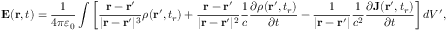
\mathbf { E } ( \mathbf { r } , t ) = { \frac { 1 } { 4 \pi \varepsilon _ { 0 } } } \int \left[ { \frac { \mathbf { r } - \mathbf { r } ^ { \prime } } { | \mathbf { r } - \mathbf { r } ^ { \prime } | ^ { 3 } } } \rho ( \mathbf { r } ^ { \prime } , t _ { r } ) + { \frac { \mathbf { r } - \mathbf { r } ^ { \prime } } { | \mathbf { r } - \mathbf { r } ^ { \prime } | ^ { 2 } } } { \frac { 1 } { c } } { \frac { \partial \rho ( \mathbf { r } ^ { \prime } , t _ { r } ) } { \partial t } } - { \frac { 1 } { | \mathbf { r } - \mathbf { r } ^ { \prime } | } } { \frac { 1 } { c ^ { 2 } } } { \frac { \partial \mathbf { J } ( \mathbf { r } ^ { \prime } , t _ { r } ) } { \partial t } } \right] d V ^ { \prime } ,